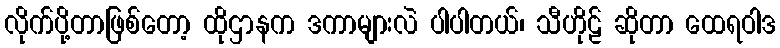
လိုက်ပို့တာဖြစ်တော့ ထိုဌာနက ဒကာများလဲ ပါပါတယ်၊ သီဟိုဠ် ဆိုတာ ထေရဝါဒ